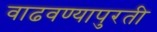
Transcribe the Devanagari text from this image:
वाढवण्यापुरती